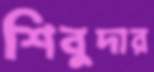
শিবুদার